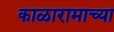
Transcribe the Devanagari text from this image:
काळारामाच्या